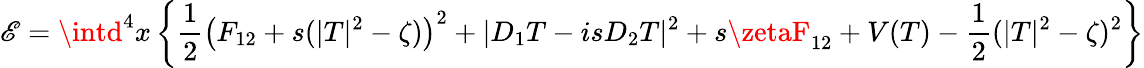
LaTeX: \mathscr{E}=\intd^{4}x\left\{ \frac{1}{2}\left(F_{12}+s(|T|^{2}-\zeta)\right)^{2}+|D_{1}T-isD_{2}T|^{2}+s\zetaF_{12}+V(T)-\frac{1}{2}(|T|^{2}-\zeta)^{2}\right\}